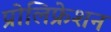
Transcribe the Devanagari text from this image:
प्रोलिफ्रेशन